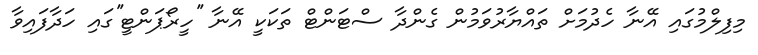
މިފިލްމުގައި އޭނާ ހެދުމަށް ތައްޔާރުވަމުން ގެންދާ ސްޓަންޓް ތަކަކީ އޭނާ ''ހީރޯޕަންޓީ''ގައި ހަދާފައިވާ